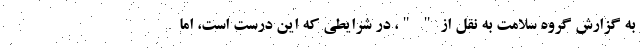
به گزارش گروه سلامت به نقل از " "، در شرایطی که این درست است، اما